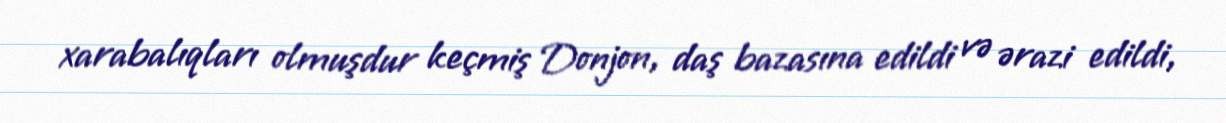
xarabalıqları olmuşdur keçmiş Donjon, daş bazasına edildi və ərazi edildi,